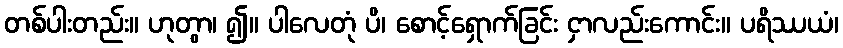
တစ်ပါးတည်း။ ဟုတွာ၊ ၍။ ပါလေတုံ ပိ၊ စောင့်ရှောက်ခြင်း ငှာလည်းကောင်း။ ပရိဿယံ၊